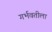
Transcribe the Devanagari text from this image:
गर्भवतीला